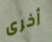
أخرى